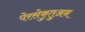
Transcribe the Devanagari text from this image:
पेरसेकुतुअन